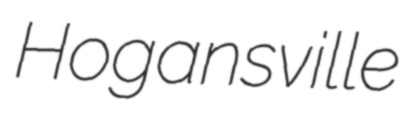
Hogansville